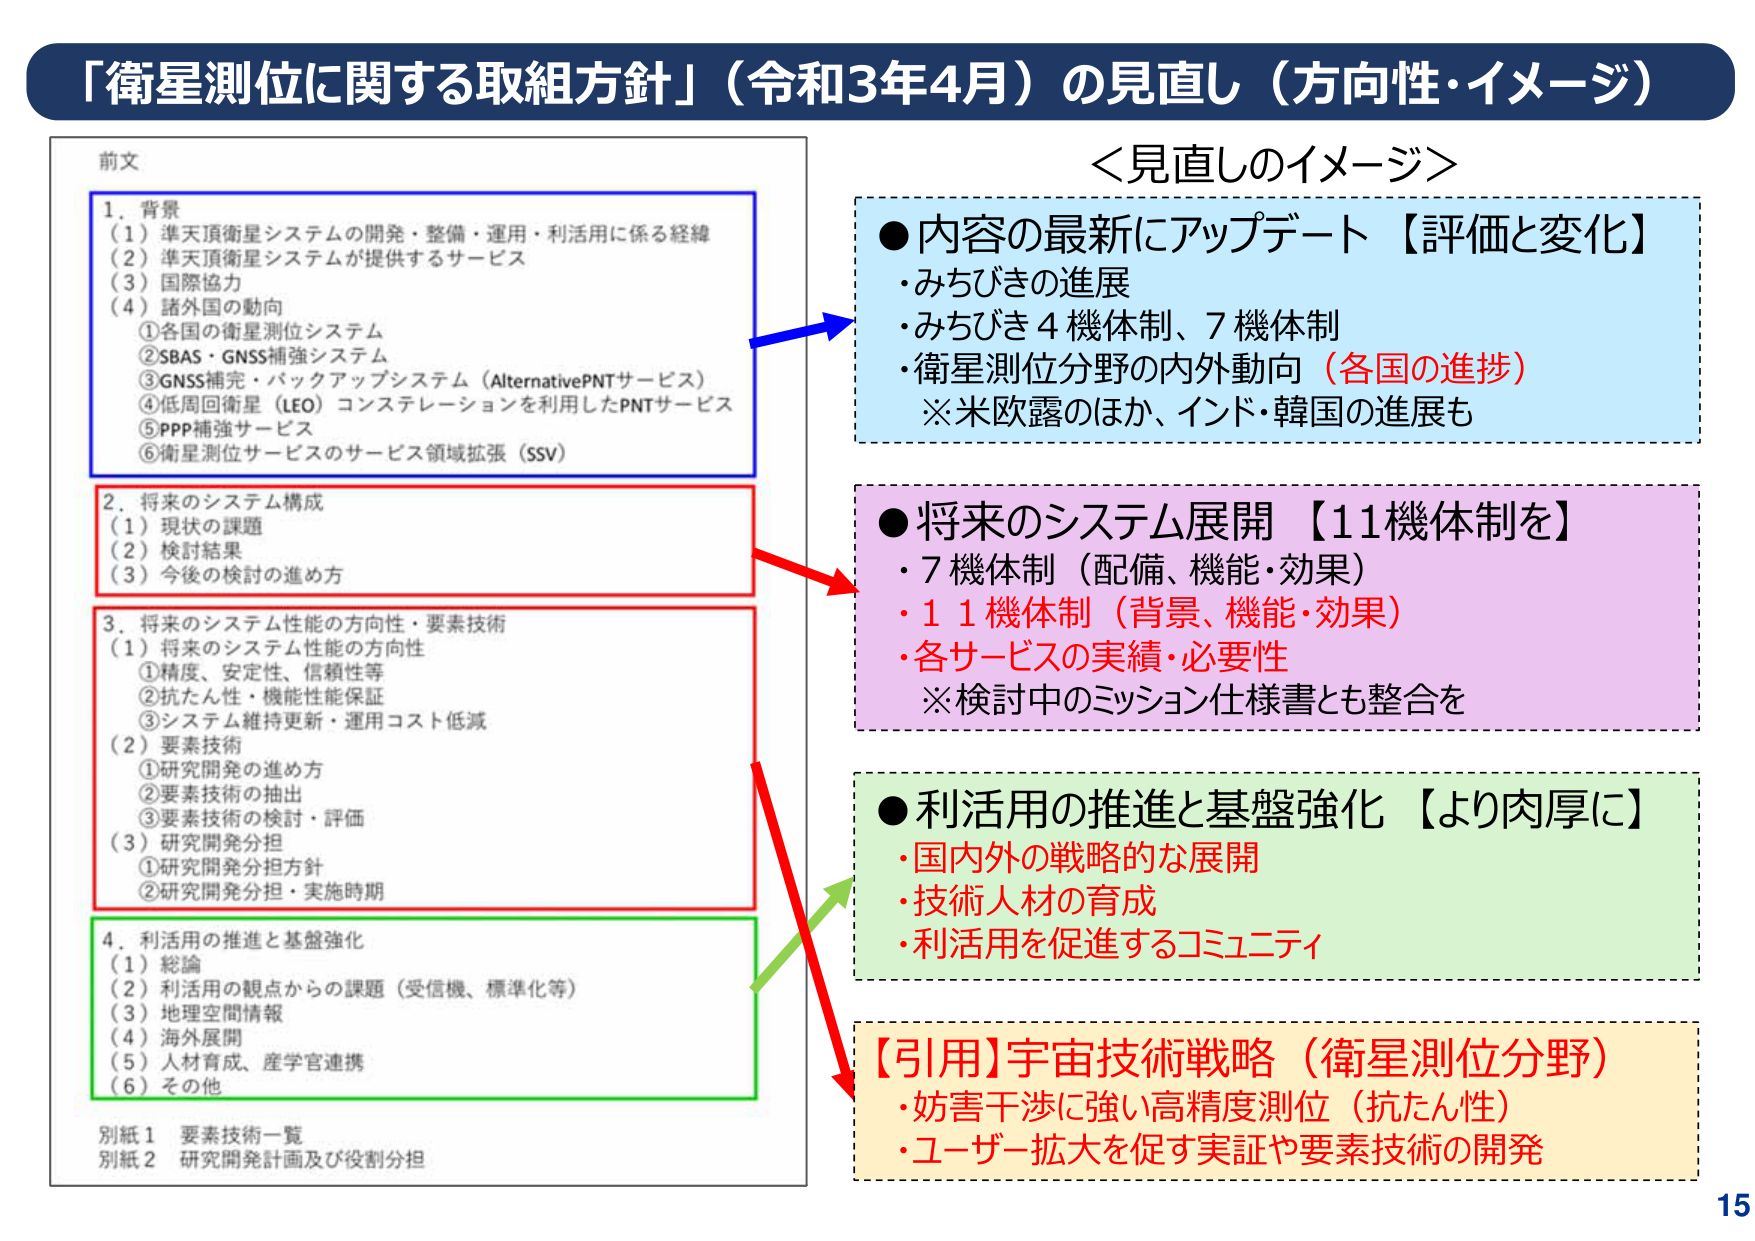
「衛星測位に関する取組方針」（令和3年4月）の見直し（方向性・イメージ）

前文
1. 背景
（1）準天頂衛星システムの開発・整備・運用・利活用に係る経緯
（2）準天頂衛星システムが提供するサービス
（3）国際協力
（4）諸外国の動向
　①各国の衛星測位システム
　②SBAS・GNSS補強システム
　③GNSS補完・バックアップシステム（AlternativePNTサービス）
　④低周回衛星（LEO）コンステレーションを利用したPNTサービス
　⑤PPP補強サービス
　⑥衛星測位サービスのサービス領域拡張（SSV）

2. 将来のシステム構成
（1）現状の課題
（2）検討結果
（3）今後の検討の進め方

3. 将来のシステム性能の方向性・要素技術
（1）将来のシステム性能の方向性
　①精度、安定性、信頼性等
　②抗たん性・機能性能保証
　③システム維持更新・運用コスト低減
（2）要素技術
　①研究開発の進め方
　②要素技術の抽出
　③要素技術の検討・評価
（3）研究開発分担
　①研究開発分担方針
　②研究開発分担・実施時期

4. 利活用の推進と基盤強化
（1）総論
（2）利活用の観点からの課題（受信機、標準化等）
（3）地理空間情報
（4）海外展開
（5）人材育成、産学官連携
（6）その他

別紙1 要素技術一覧
別紙2 研究開発計画及び役割分担

＜見直しのイメージ＞
●内容の最新にアップデート【評価と変化】
・みちびきの進展
・みちびき4機体制、7機体制
・衛星測位分野の内外動向（各国の進捗）
　※米欧露のほか、インド・韓国の進展も

●将来のシステム展開【11機体制を】
・7機体制（配備、機能・効果）
・11機体制（背景、機能・効果）
・各サービスの実績・必要性
　※検討中のミッション仕様書とも整合を

●利活用の推進と基盤強化【より肉厚に】
・国内外の戦略的な展開
・技術人材の育成
・利活用を促進するコミュニティ

【引用】宇宙技術戦略（衛星測位分野）
・妨害干渉に強い高精度測位（抗たん性）
・ユーザー拡大を促す実証や要素技術の開発

15